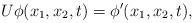
LaTeX: \begin{align*} U\phi(x_1,x_2,t)=\phi'(x_1,x_2,t),\end{align*}